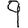
Digit: 9